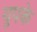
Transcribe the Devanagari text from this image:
युपके